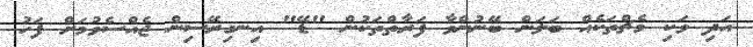
އަދި ވަކި މެޗްތަކެއް ބަލަން ބޭނުންވާ ފަރާތްތަކުން "ޑޭ" އިނގިރޭސިން ޖެއްސެވުމަށް ފަހު